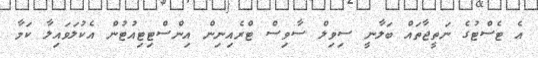
އެ ޓެސްޓުގެ ނަތީޖާތައް ބަލާނީ ސިވިލް ސާވިސް ޓްރެއިނިން އިންސްޓިޓިއުޓުން އެކުލަވައިލާ ކަމާ